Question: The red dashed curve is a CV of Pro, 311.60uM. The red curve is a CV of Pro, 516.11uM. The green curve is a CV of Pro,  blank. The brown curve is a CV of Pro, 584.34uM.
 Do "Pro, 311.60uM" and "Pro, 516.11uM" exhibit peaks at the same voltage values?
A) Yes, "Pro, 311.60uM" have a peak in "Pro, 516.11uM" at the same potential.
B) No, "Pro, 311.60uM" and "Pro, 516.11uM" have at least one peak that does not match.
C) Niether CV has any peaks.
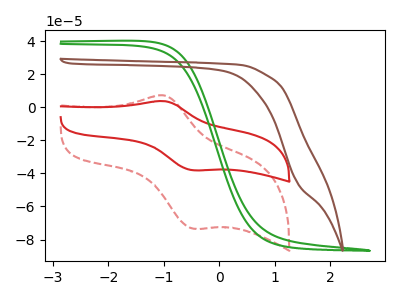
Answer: <think>The red dashed curve "Pro, 311.60uM" has an anodic peak at (-1.00V, 7.20uA) and a cathodic peak at (-0.45V, -73.45uA). The red curve "Pro, 516.11uM" has an anodic peak at (-1.00V, 3.70uA) and a cathodic peak at (-0.45V, -38.10uA). The green curve "Pro,  blank" has no peaks. The brown curve "Pro, 584.34uM" has no peaks.</think>
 <answer>A) Yes, "Pro, 311.60uM" have a peak in "Pro, 516.11uM" at the same potential.</answer>
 <eval>A</eval>